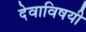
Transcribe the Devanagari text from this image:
देवाविषयी